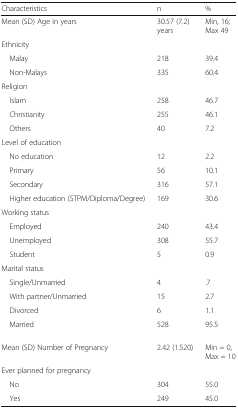
| Characteristics | n | % |
 | --- | --- | --- |
 | Mean (SD) Age in years | 30.57 (7.2) years | Min, 16; Max 49 |
 | <COLSPAN=3> Ethnicity |
 | Malay | 218 | 39.4 |
 | Non-Malays | 335 | 60.4 |
 | <COLSPAN=3> Religion |
 | Islam | 258 | 46.7 |
 | Christianity | 255 | 46.1 |
 | Others | 40 | 7.2 |
 | <COLSPAN=3> Level of education |
 | No education | 12 | 2.2 |
 | Primary | 56 | 10.1 |
 | Secondary | 316 | 57.1 |
 | Higher education (STPM/Diploma/Degree) | 169 | 30.6 |
 | <COLSPAN=3> Working status |
 | Employed | 240 | 43.4 |
 | Unemployed | 308 | 55.7 |
 | Student | 5 | 0.9 |
 | <COLSPAN=3> Marital status |
 | Single/Unmarried | 4 | .7 |
 | With partner/Unmarried | 15 | 2.7 |
 | Divorced | 6 | 1.1 |
 | Married | 528 | 95.5 |
 | Mean (SD) Number of Pregnancy | 2.42 (1.520) | Min = 0, Max = 10 |
 | <COLSPAN=3> Ever planned for pregnancy |
 | No | 304 | 55.0 |
 | Yes | 249 | 45.0 |